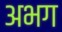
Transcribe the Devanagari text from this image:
अभग